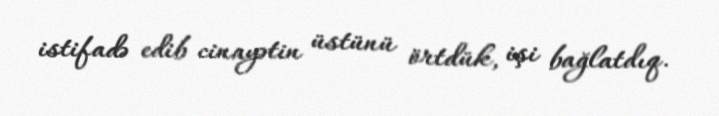
istifadə edib cinayətin üstünü örtdük, işi bağlatdıq.